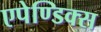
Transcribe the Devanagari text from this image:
एपेण्डिक्स